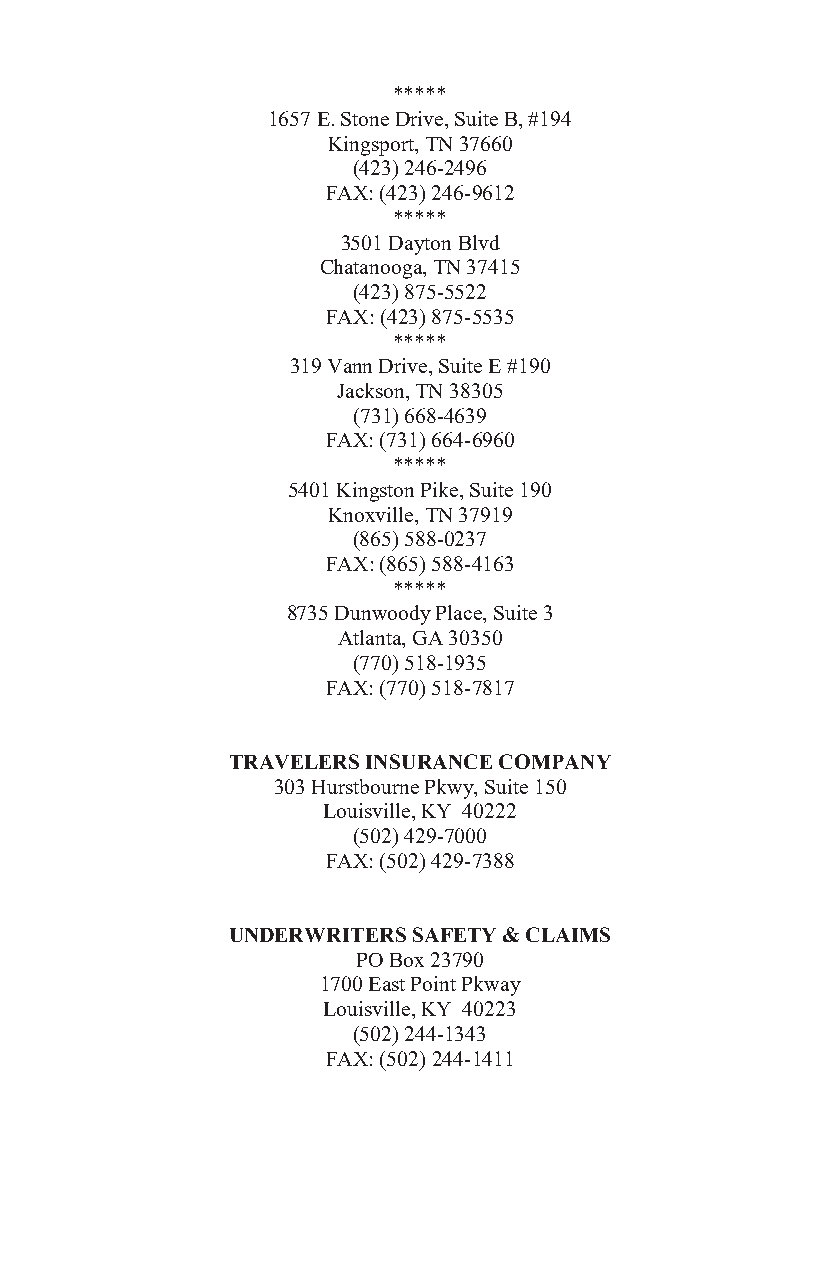
*****
 1657 E. Stone Drive, Suite B, #194
 Kingsport, TN 37660
 (423) 246-2496
 FAX: (423) 246-9612
 *****
 3501 Dayton Blvd
 Chatanooga, TN 37415
 (423) 875-5522
 FAX: (423) 875-5535
 *****
 319 Vann Drive, Suite E #190
 Jackson, TN 38305
 (731) 668-4639
 FAX: (731) 664-6960
 *****
 5401 Kingston Pike, Suite 190
 Knoxville, TN 37919
 (865) 588-0237
 FAX: (865) 588-4163
 *****
 8735 Dunwoody Place, Suite 3
 Atlanta, GA 30350
 (770) 518-1935
 FAX: (770) 518-7817
 TRAVELERS INSURANCE COMPANY
 303 Hurstbourne Pkwy, Suite 150
 Louisville, KY 40222
 (502) 429-7000
 FAX: (502) 429-7388
 UNDERWRITERS SAFETY & CLAIMS
 PO Box 23790
 1700 East Point Pkway
 Louisville, KY 40223
 (502) 244-1343
 FAX: (502) 244-1411